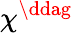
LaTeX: \chi^{\ddag}